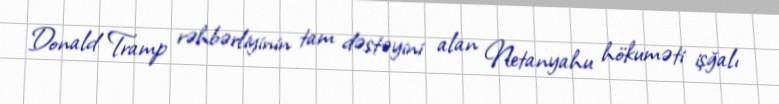
Donald Tramp rəhbərliyinin tam dəstəyini alan Netanyahu hökuməti işğalı